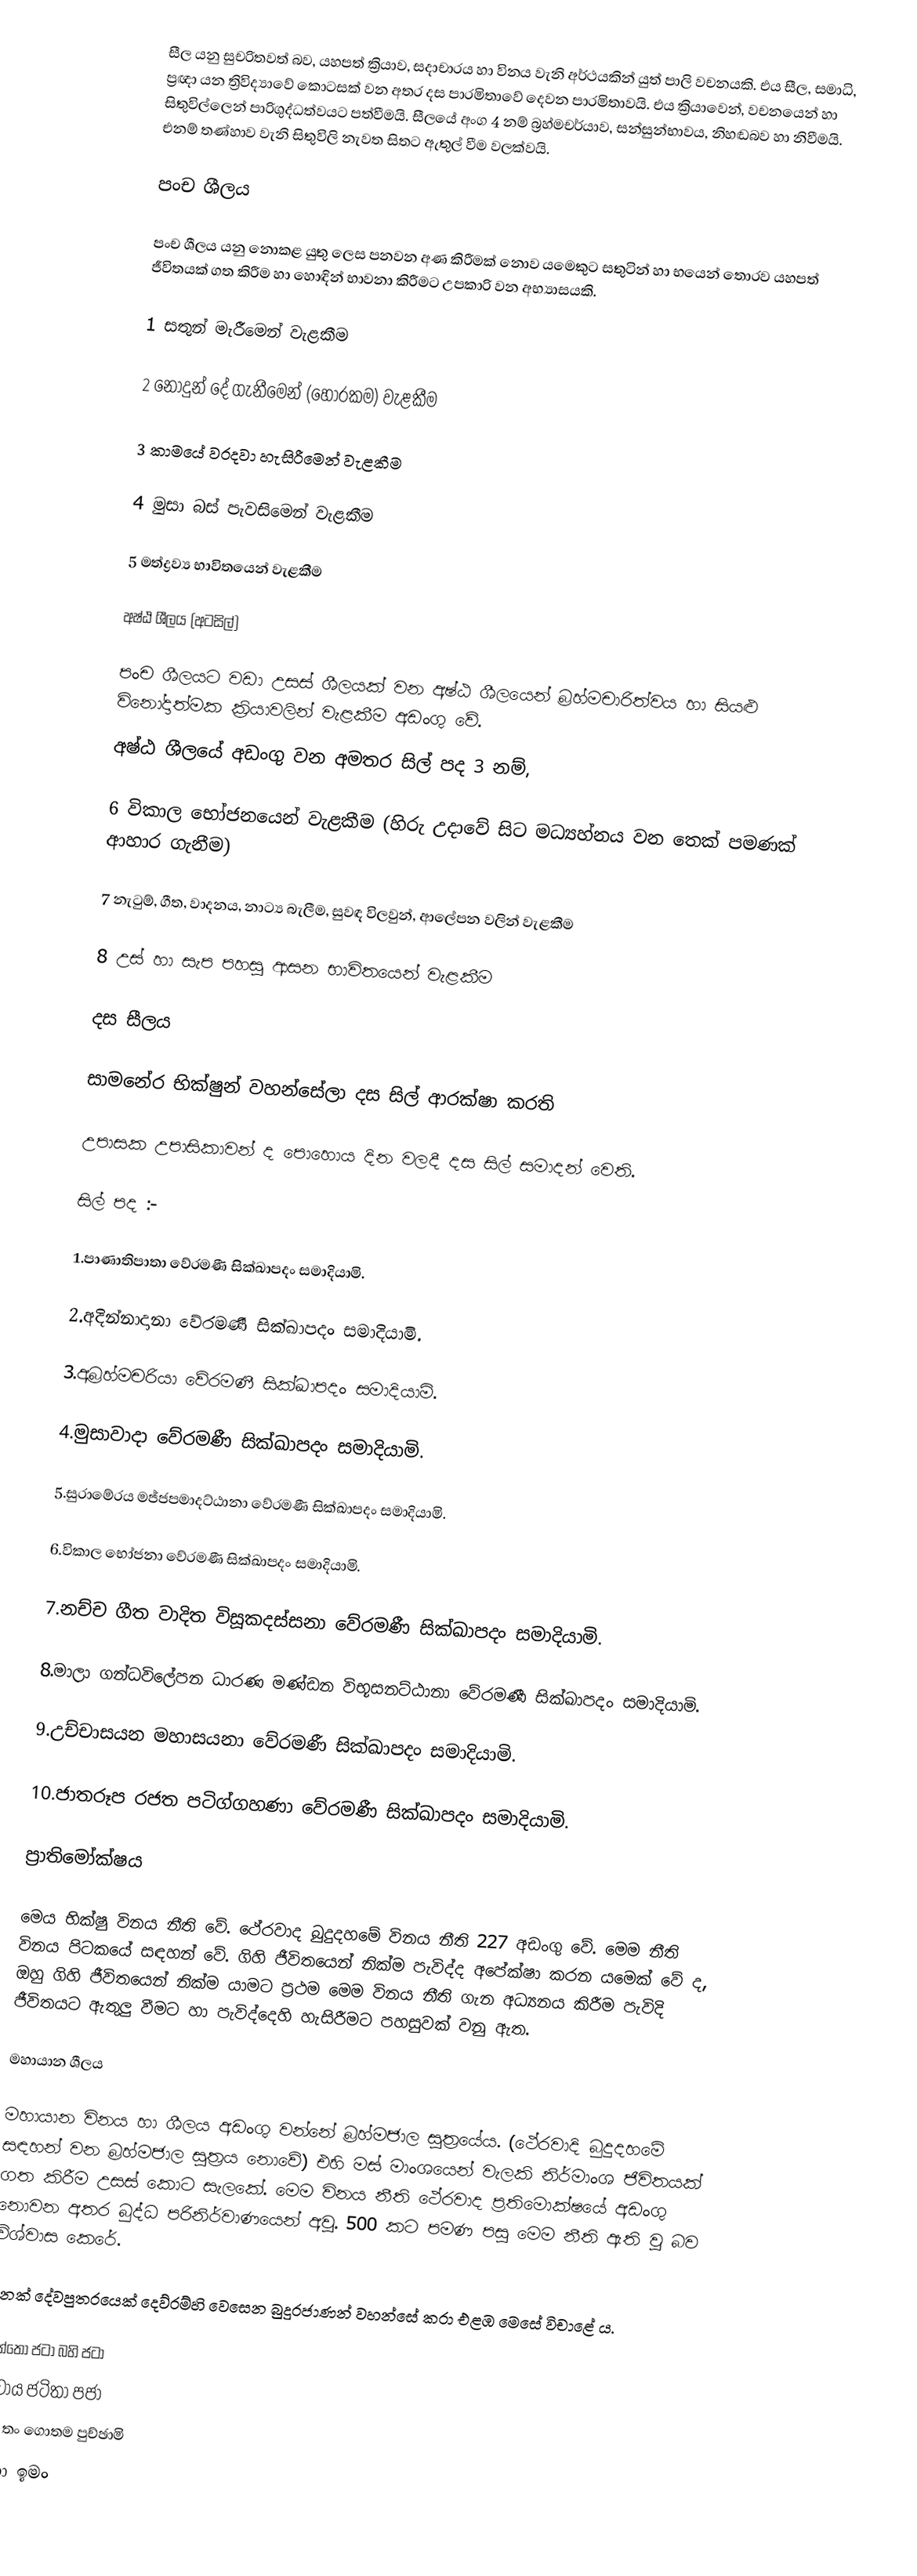
සීල යනු සුචරිතවත් බව, යහපත් ක්‍රියාව, සදාචාරය හා විනය වැනි අර්ථයකින් යුත් පාලි වචනයකි. එය සීල, සමාධි, ප්‍රඥා යන ත්‍රිවිද්‍යාවේ කොටසක් වන අතර දස පාරමිතාවේ දෙවන පාරමිතාවයි. එය ක්‍රියාවෙන්, වචනයෙන් හා සිතුවිල්ලෙන් පාරිශුද්ධත්වයට පත්වීමයි. සීලයේ අංග 4 නම් බ්‍රහ්මචර්යාව, සන්සුන්භාවය, නිහඬබව හා නිවීමයි. එනම් තණ්හාව වැනි සිතුවිලි නැවත සිතට ඇතුල් වීම වලක්වයි.

පංච ශීලය

පංච ශීලය යනු නොකළ යුතු ලෙස පනවන අණ කිරීමක් නොව ‍යමෙකුට සතුටින් හා භයෙන් තොරව යහපත් ජීවිතයක් ගත කිරීම හා හොඳින් භාවනා කිරීමට උපකාරි වන අභ්‍යාසයකි.

1	සතුන් මැරීමෙන් වැළකීම

2	නොදුන්  දේ ගැනීමෙන් (හොරකම) වැළකීම

3	කාමයේ වරදවා හැසිරීමෙන් වැළකීම

4	මුසා බස් පැවසිමෙන් වැළකීම

5	මත්ද්‍රව්‍ය භාවිතයෙන් වැළකීම

අෂ්ඨ ශීලය (අටසිල්)

පංච ශීලයට වඩා උසස් ශීලයක් වන අෂ්ඨ ශීලයෙන් බ්‍රහ්මචාරිත්වය හා සියළු ‍විනෝදාත්මක ක්‍රියාවලින් වැළකීම අඩංගු වේ.
අෂ්ඨ ශීලයේ අඩංගු වන අමතර සිල් පද 3 නම්,

6	විකාල භෝජනයෙන් වැළකීම (හිරු උදාවේ සිට මධ්‍යහ්නය වන තෙක් පමණක් ආහාර ගැනීම)

7	නැටුම්, ගීත, වාදනය, නාට්‍ය බැලීම, සුවඳ විලවුන්, ආලේපන වලින් වැළකීම

8	උස් හා සැප පහසු ආසන භාවිතයෙන් වැළකීම

දස සීලය

සාමනේර භික්ෂුන් වහන්සේලා දස සිල් ආරක්ෂා කරති

උපාසක උපාසිකාවන් ද පොහොය දින වලදී දස සිල් සමාදන් වෙති.

සිල් පද :-

1.පාණාතිපාතා වේරමණී සික්ඛාපදං සමාදියාමි.

2.අදින්නාදානා වේරමණී සික්ඛාපදං සමාදියාමි.

3.අබ්‍ර‍හ්මචරියා වේරමණී සික්ඛාපදං සමාදියාමි.

4.මුසාවාදා වේරමණී සික්ඛාපදං සමාදියාමි.

5.සුරාමේරය මජ්ජපමාදට්ඨානා වේරමණී සික්ඛාපදං සමාදියාමි.

6.විකාල භෝජනා වේරමණී සික්ඛාපදං සමාදියාමි.

7.නච්ච ගීත වාදිත විසූකදස්සනා වේරමණී සික්ඛාපදං සමාදියාමි.

8.මාලා ගන්ධවිලේපන ධාරණ මණ්ඩන විභූසනට්ඨානා වේරමණී සික්ඛාපදං සමාදියාමි.

9.උච්චාසයන මහාසයනා වේරමණී සික්ඛාපදං සමාදියාමි.

10.ජාතරූප රජත පටිග්ගහණා වේරමණී සික්ඛාපදං සමාදියාමි.

ප්‍රාතිමෝක්ෂය

මෙය භික්ෂු විනය නීති වේ. ථේරවාද බුදුදහමේ විනය නීති 227 අඩංගු වේ. මෙම නීති විනය පිටකයේ සඳහන් වේ. ගිහි ජීවිතයෙන් නික්ම පැවිද්ද අපේක්ෂා කරන යමෙක් වේ ද, ඔහු ගිහි ජීවිතයෙන් නික්ම යාමට ප්‍රථම මෙම විනය නීති ගැන අධ්‍යනය කිරීම පැවිදි ජීවිතයට ඇතුලු වීමට හා පැවිද්දෙහි හැසිරීමට පහසුවක් වනු ඇත.

මහායාන ශීලය

මහායාන විනය හා ශීලය අඩංගු වන්නේ බ්‍රහ්මජාල සුත්‍රයේය. (ථේරවාදි බුදුදහමේ සඳහන් වන බ්‍රහ්මජාල සුත්‍රය නොවේ) එහි මස් මාංශයෙන් වැලකි නිර්මාංශ ජිවිතයක් ගත කිරීම උසස් කොට සැලකේ. මෙම විනය නීති ථේරවාද ප්‍රතිමොක්ෂයේ අඩංගු නොවන අතර බුද්ධ පරිනිර්වාණයෙන් අවු. 500 කට පමණ පසු මෙම නීති ඇති වු බව විශ්වාස කෙරේ.

දිනක් දේවපුත‍්‍රයෙක් දෙව්රම්හි වෙසෙන බුදුරජාණන් වහන්සේ කරා එළඹ මෙසේ විචාළේ ය.

අන්තො ජටා බහි ජටා
ජටාය ජටිතා පජා
තං තං ගොතම පුච්ඡාමි
කො ඉමං